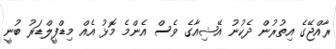
ރާއްޖޭގެ އިތުރުން ދެކުނު އޭޝިއާގެ ވެސް އެންމެ މޮޅު އެއް މިޑްފީލްޑަރު ބުނީ